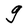
Character: g